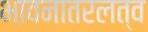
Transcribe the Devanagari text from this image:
भावनातरलत्व